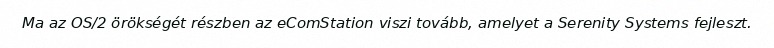
Ma az OS/2 örökségét részben az eComStation viszi tovább, amelyet a Serenity Systems fejleszt.